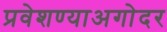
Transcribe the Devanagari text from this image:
प्रवेशण्याअगोदर